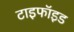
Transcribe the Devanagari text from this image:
टाइफॉइड